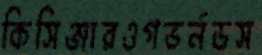
কিসিঞ্জারওগভর্নডস